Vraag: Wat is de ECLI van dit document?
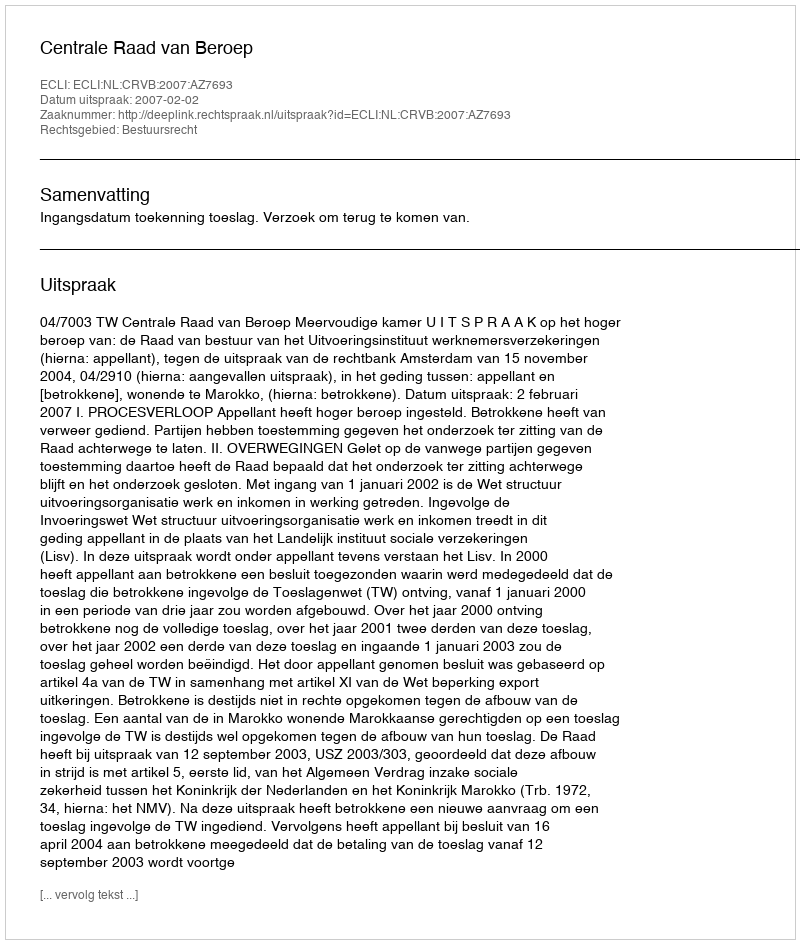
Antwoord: ECLI:NL:CRVB:2007:AZ7693